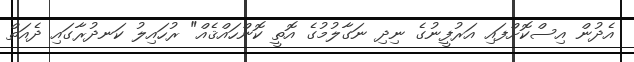
އެދުން އިސްކޮށްފައި އަރުފީނުގެ ނިދި ނަގާލުމުގެ އޮތީ ކޮންހައްޤެއް" ރުހައިލު ކަނދުރާގައި ދެއަތް